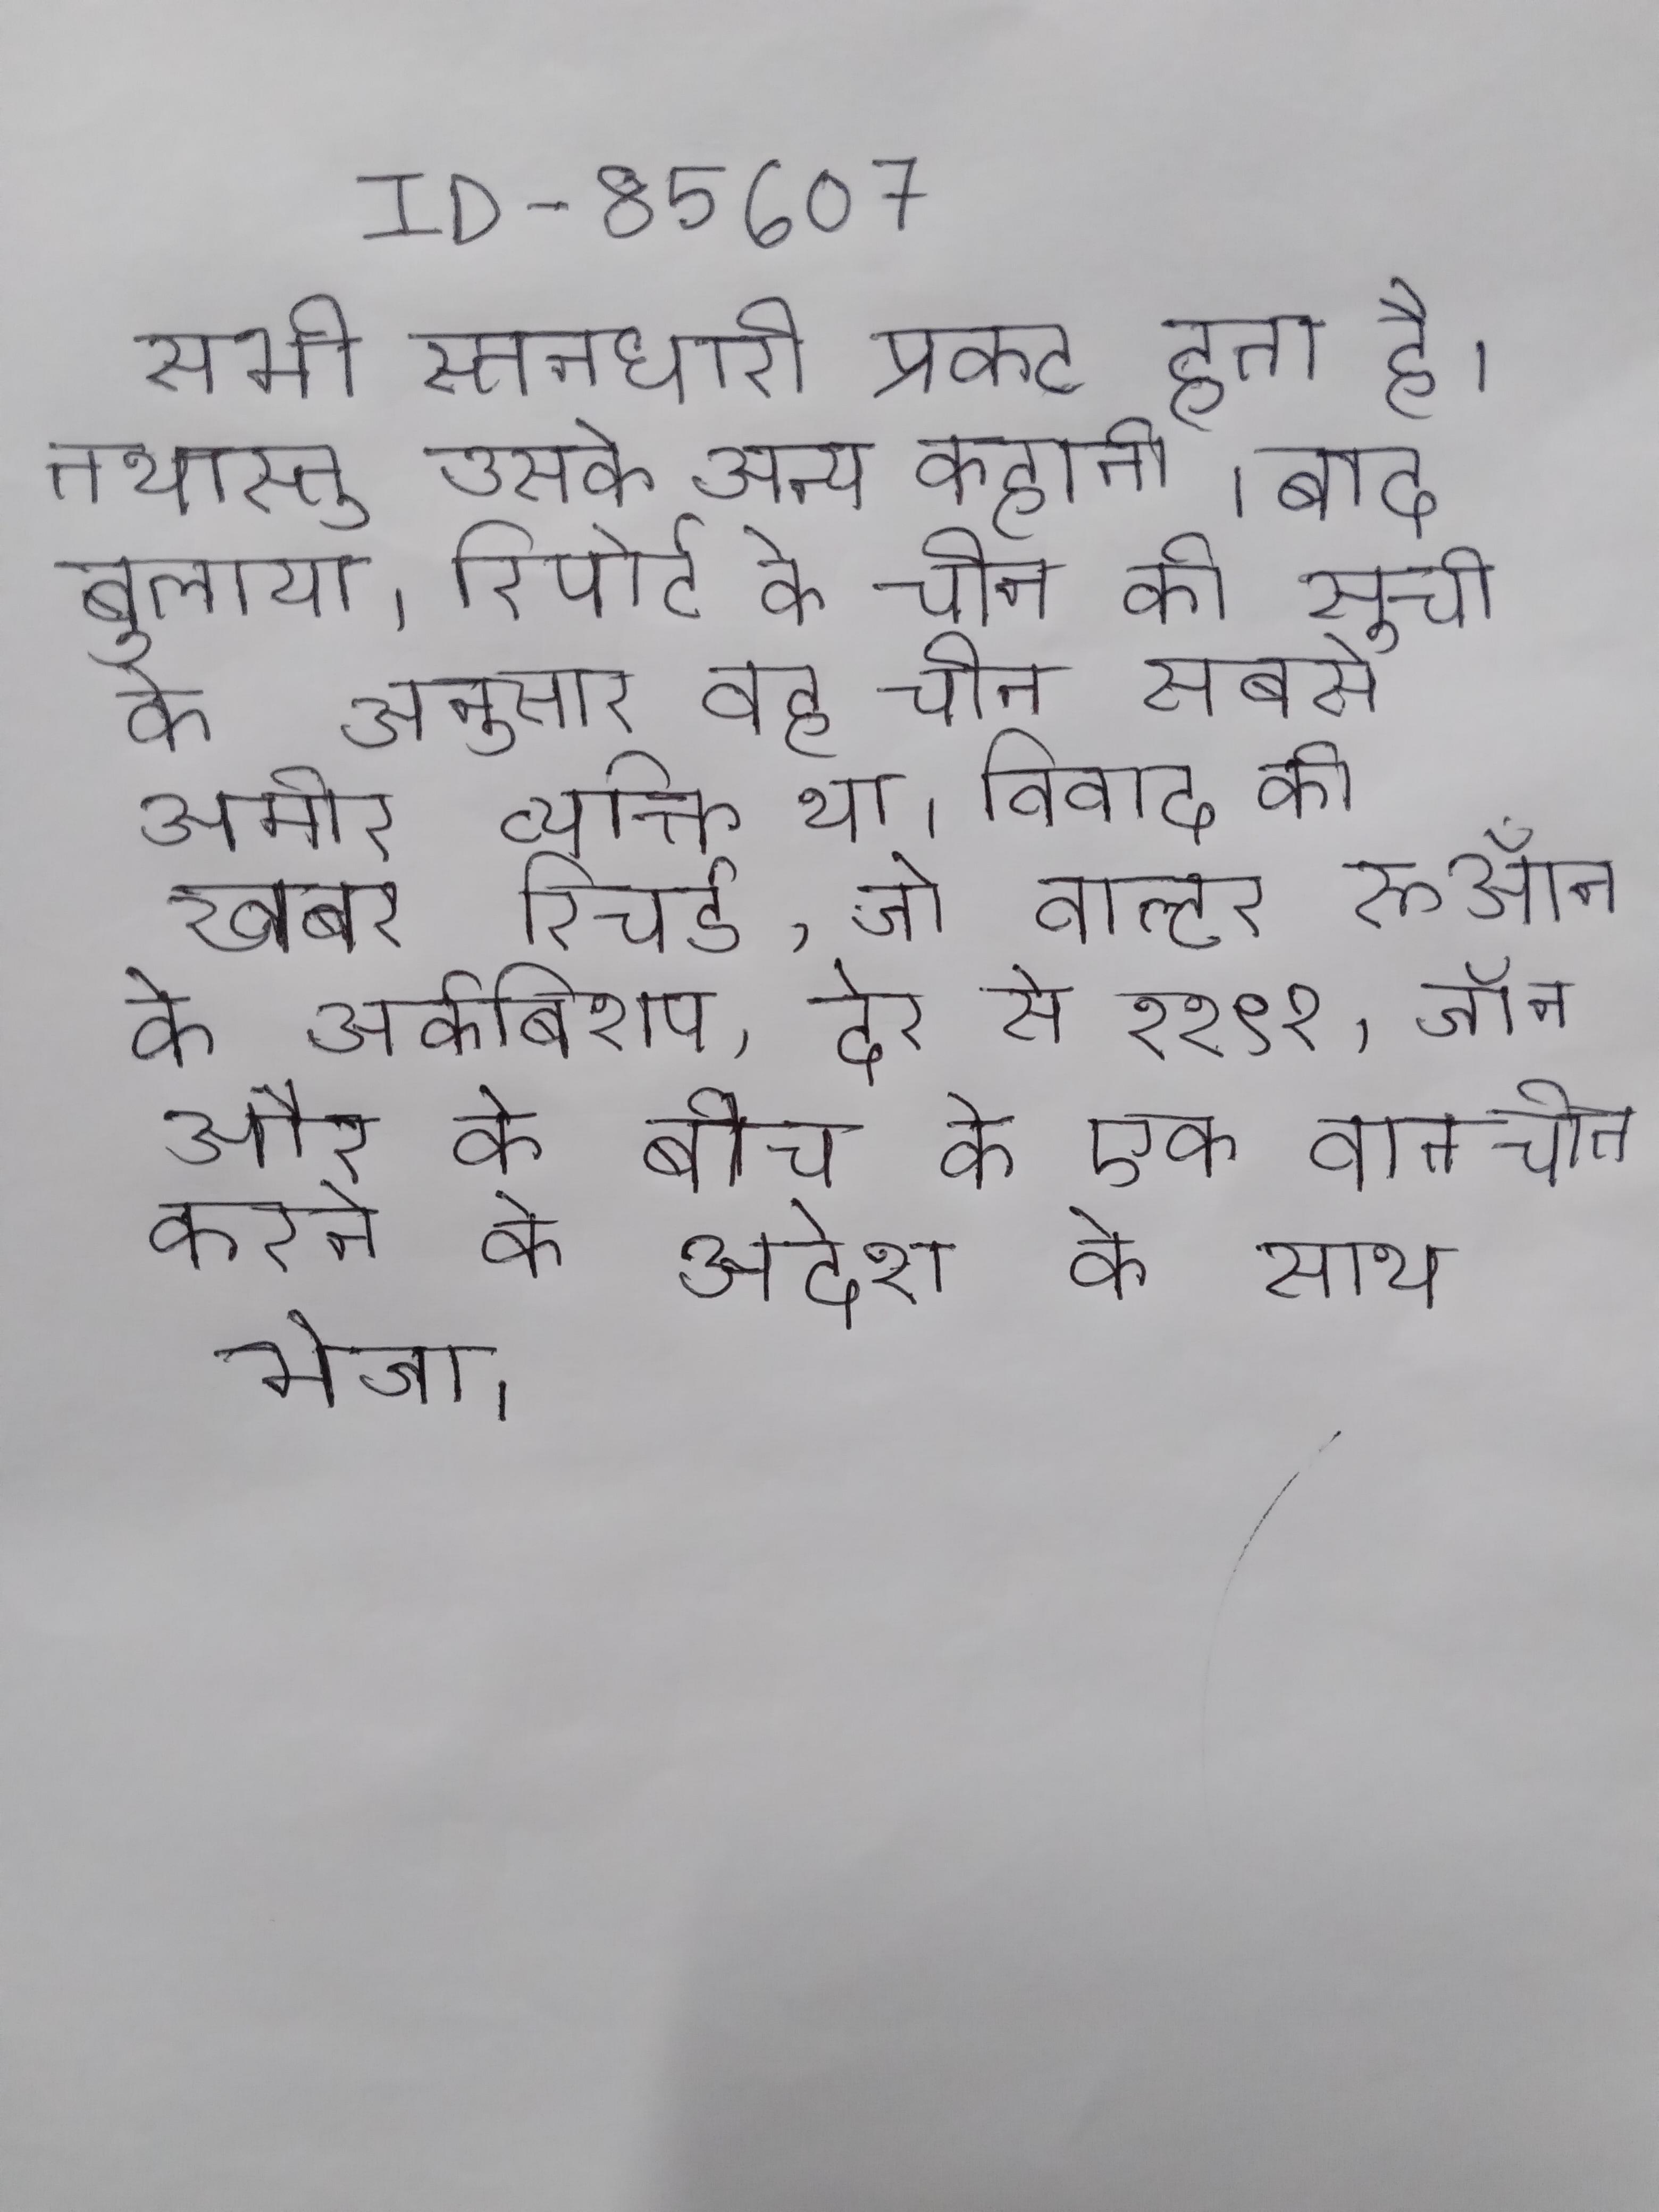
सभी स्तनधारी प्रकट होता है । तथास्तु उसके अन्य कहानी । बाद बुलाया । रिपोर्ट के चीन की सूची के अनुसार वह चीन सबसे अमीर व्यक्ति था । विवाद की खबर रिचर्ड, जो वाल्टर रूऑन के आर्कबिशप, देर से ११९१, जॉन और के बीच के एक बातचीत करने के आदेश के साथ भेजा ।